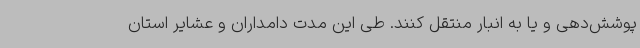
پوشش‌دهی و یا به انبار منتقل کنند. طی این مدت دامداران و عشایر استان